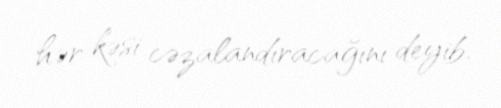
hər kəsi cəzalandıracağını deyib.